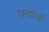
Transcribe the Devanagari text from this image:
फ़्योर्ड